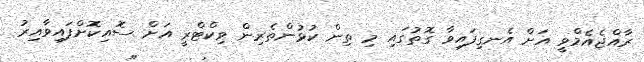
ރާއްޖެއެމްވީ އަށް އެނގިފައިވާ ގޮތުގައި މި ތިން ކުޅުންތެރިން ވިކްޓްރީ އަށް ސޮއިކޮށްފައިވާއިރު